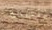
بنسخة